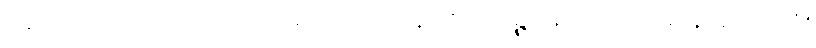
အာဒိတော ပဋ္ဌာယ ယာဝ ပရိယောသာနာ ဧကဗျဉ္ဇနေပိဿ ကင်္ခါ နာဟောသိ။